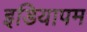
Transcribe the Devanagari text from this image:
इडियापम